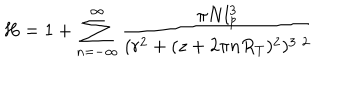
H = 1 + \sum _ { n = - \infty } ^ { \infty } \frac { \pi N l _ { p } ^ { 3 } } { ( r ^ { 2 } + ( z + 2 \pi n R _ { T } ) ^ { 2 } ) ^ { 3 / 2 } }